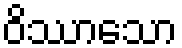
ဝိဿာသော